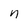
Character: n